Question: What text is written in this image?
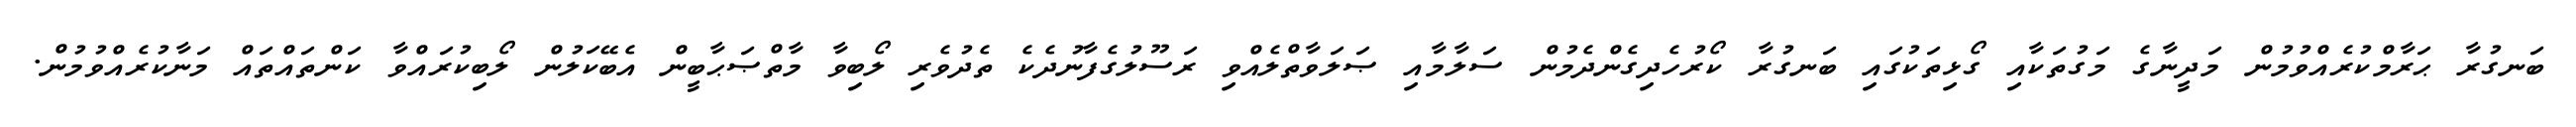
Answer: ބަނގުރާ ޙަރާމްކުރެއްވުމުން މަދީނާގެ މަގުތަކާއި ގޯޅިތަކުގައި ބަނގުރާ ކޯރުހެދިގެންދެމުން ސަލާމާއި ޞަލަވާތްލެއްވި ރަސޫލުގެފާނުދެކެ ތެދުވެރި ލޯބިވާ މާތްޞަޙާބީން އެބޭކަލުން ލޯބިކުރައްވާ ކަންތައްތައް މަނާކުރެއްވުމުން.